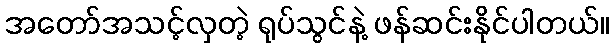
အတော်အသင့်လှတဲ့ ရုပ်သွင်နဲ့ ဖန်ဆင်းနိုင်ပါတယ်။